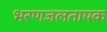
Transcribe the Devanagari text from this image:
भरणजलतापक